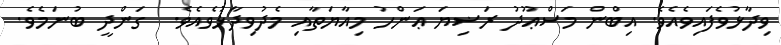
ވިދާޅުވެފައިވެއެވެ. އިބްން މަސްޢޫދު ރަޟިޔަ ޢަންހު މިއާޔަތާއި މެދުވިދާޅުވެއެވެ.  ގަންދީ ބުނަމެވެ.